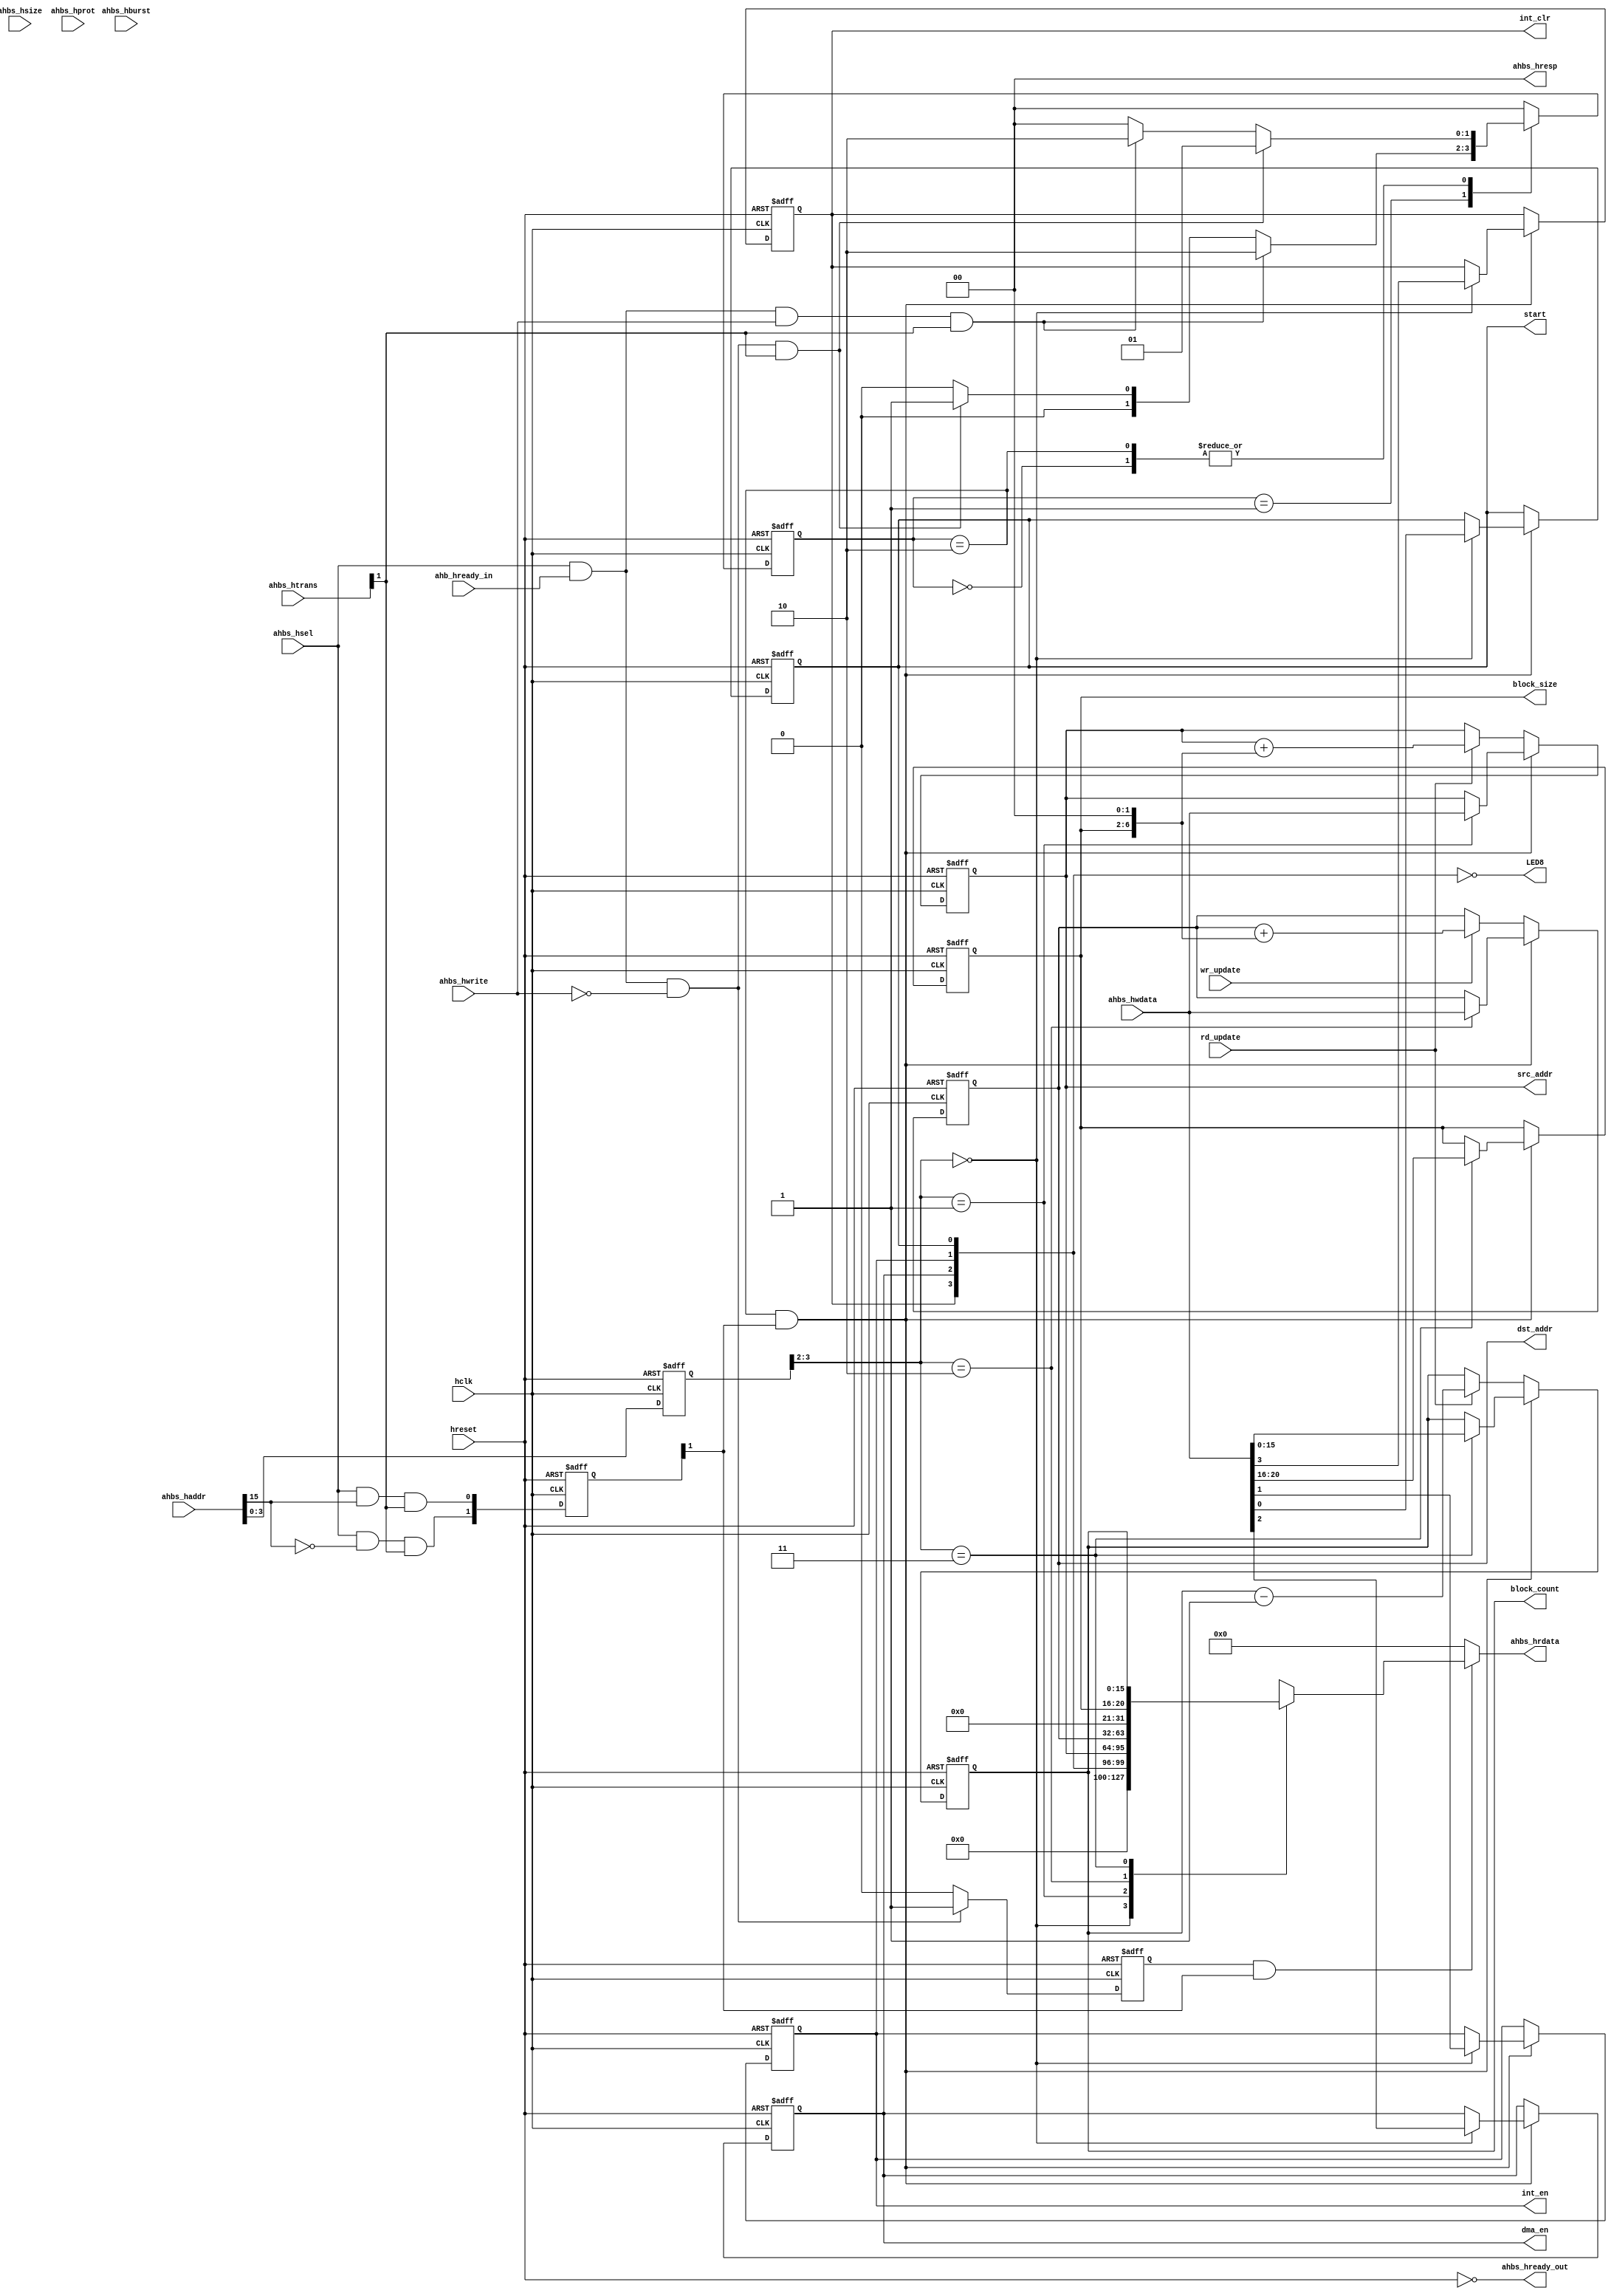
/***********************************************************************
*
*               High Speed AMBA Bus (AHB) Interface Example
*                   for "QuickMIPS" QL901M-680 Device
*                              ahb_slave.v
*
*                          Copyright (c) 2002
*                           QuickLogic, Corp.
*																			   
*
************************************************************************/
// First Draft (5/12/2002 H. Kim)

`timescale 1ns/10ps

`define IDLE_ST  2'b00
`define RD_OP_ST 2'b01
`define WR_OP_ST 2'b10

module ahb_slave (
	hclk,
	hreset,
// AHB Slave Signals
	ahbs_hsel,
	ahbs_haddr,
	ahbs_htrans,
	ahbs_hwrite,
	ahbs_hsize,   // unused input
	ahbs_hburst,  // unused input
	ahbs_hprot,   // unused input
	ahb_hready_in,
	ahbs_hwdata,
	ahbs_hrdata,
	ahbs_hready_out,
	ahbs_hresp,
// DMA Registers
    rd_update,
    wr_update,
    src_addr,
    dst_addr,          
	block_count,
	block_size,

// Application
	start,
	int_en,
	dma_en,
	int_clr,
	LED8
	);

input  			hclk;
input  			hreset;

input  			ahbs_hsel;
input  	 [31:0] ahbs_haddr;
input  	 [1:0] 	ahbs_htrans;
input  			ahbs_hwrite;
input  	 [2:0] 	ahbs_hsize;
input  	 [2:0] 	ahbs_hburst;
input  	 [3:0] 	ahbs_hprot;
input  			ahb_hready_in;
input  	 [31:0] ahbs_hwdata;
output   [31:0] ahbs_hrdata;
output  		ahbs_hready_out;
output 	 [1:0] 	ahbs_hresp;

/***** Signals for User Application	*****/
// DMA Registers
input			rd_update;
input			wr_update;
output   [31:0] src_addr;
output   [31:0] dst_addr;          
output   [15:0]	block_count;
output   [4:0]	block_size;
output			start;
output			int_en;			// interrupt enable
output			dma_en;			// dma enable
output			int_clr;		// interrupt clear
output	[7:0]	LED8;
wire  	[7:0]	LED8;
/***** Signals for User Application	*****/

// QuickMIPS ESP Module interface ports
wire 			hclk;
wire 			hreset;

wire 			ahbs_hsel;
wire 	[31:0] 	ahbs_haddr;
wire 	[1:0] 	ahbs_htrans;
wire 			ahbs_hwrite;
wire 	[2:0] 	ahbs_hsize;
wire 	[2:0] 	ahbs_hburst;
wire 	[3:0] 	ahbs_hprot;
wire 	[31:0] 	ahbs_hwdata;
reg 	[31:0] 	ahbs_hrdata;
wire  			ahbs_hready_out;
wire 	[1:0] 	ahbs_hresp;

reg		 [31:0] src_addr;
reg		 [31:0] dst_addr;          
reg		 [15:0]	block_count;
reg		 [4:0]	block_size;

reg 			start;
reg 			int_en;
reg 			dma_en;
reg 			int_clr;

parameter C2Q_DLY = 1;

reg  	[1:0]       curr_state;	        // State Machine for Read and Write.
reg  	[1:0]       next_state;
reg  	[1:0]       prevsel;
reg  	[13:0]      ahbs_haddr_reg;

// read/write registers and latches
reg 				rd_enable;

// For this design ahbs_hready_out is always high.
assign 	ahbs_hready_out = ~hreset;
assign  ahbs_hresp = 2'b00;

wire				sel_ctrl;
wire				sel_output;

assign  sel_ctrl  = (ahbs_hsel && (ahbs_haddr[15] == 1'b0)  && ahbs_htrans[1]);
assign  sel_output = (ahbs_hsel && (ahbs_haddr[15] == 1'b1)  && ahbs_htrans[1]);

always @ (posedge hclk or posedge hreset)
   begin
      if (hreset == 1'b1)
	    begin 
      		prevsel <= #C2Q_DLY  2'b00;
			ahbs_haddr_reg <= #C2Q_DLY  14'h0000;
		end
   else
		begin
      		prevsel <= #C2Q_DLY {sel_ctrl, sel_output};
			ahbs_haddr_reg <= #C2Q_DLY  ahbs_haddr[13:0];
		end
   end

// FSM for Register R/W begins

always @ (posedge hclk or posedge hreset)
   begin
      if (hreset == 1'b1)
         curr_state <= #C2Q_DLY `IDLE_ST;
      else
         curr_state <= #C2Q_DLY next_state;
end

always @ (ahbs_hsel or ahb_hready_in or ahbs_hwrite or curr_state or ahbs_htrans)
   begin
      case(curr_state)
      `IDLE_ST : begin
         if (ahbs_hsel  == 1'b1 && 
             ahb_hready_in == 1'b1 && 
             ahbs_hwrite    == 1'b0 && 
             ahbs_htrans[1] == 1'b1)          // Read Operation starts in the next state.
         next_state = `RD_OP_ST;
         else if (ahbs_hsel  == 1'b1 && 
                  ahb_hready_in == 1'b1 && 
                  ahbs_hwrite    == 1'b1 && 
                  ahbs_htrans[1]  == 1'b1)    // Write Operation starts 
                                        // if not goes for Read.
	 next_state = `WR_OP_ST;
	 else 
	 //if (hsel     == 1'b0 || 
         //    htran[1] == 1'b0)
	 next_state = `IDLE_ST;
      end

      `RD_OP_ST : begin          
       	if (ahbs_hsel  == 1'b1 && 
            ahb_hready_in == 1'b1 && 
            ahbs_hwrite    == 1'b1 && 
            ahbs_htrans[1]  == 1'b1)         // Write Operation Starts
	    next_state = `WR_OP_ST;
       else if (ahbs_hsel  == 1'b1 && 
                ahb_hready_in == 1'b1 && 
                ahbs_hwrite    == 1'b0 && 
                ahbs_htrans[1]  == 1'b1)     // Back to Back Read
	    next_state = `RD_OP_ST;
	else 
	//if (hsel == 1'b0 || htran[1] == 1'b0)
            next_state = `IDLE_ST;
      end

      `WR_OP_ST : begin
	  if (ahbs_hsel    == 1'b1 && 
              ahb_hready_in  == 1'b1 && 
              ahbs_hwrite  == 1'b0 && 
              ahbs_htrans[1] == 1'b1)       // Read Opeartion Starts 
	     next_state = `RD_OP_ST;
          else if (ahbs_hsel == 1'b1 && 
                   ahb_hready_in  == 1'b1 && 
                   ahbs_hwrite  == 1'b1 && 
                   ahbs_htrans[1] == 1'b1)  // Back to Back Write
	     next_state = `WR_OP_ST;
          else 
	  //if (hsel == 1'b0 || htran[1] == 1'b0)
             next_state = `IDLE_ST;
      end

      default : begin
         next_state = `IDLE_ST;
      end

   endcase
end // FSM ends

always @ (posedge hclk or posedge hreset)
   begin
    if (hreset == 1'b1)
       rd_enable <= #C2Q_DLY 1'b0;
    else
       if (ahbs_hsel == 1'b1 && 
           ahb_hready_in == 1'b1 && 
           ahbs_hwrite == 1'b0)
          rd_enable <= #C2Q_DLY 1'b1;
       else
          rd_enable <= #C2Q_DLY 1'b0;
  end

always @ (rd_enable or prevsel[1] or ahbs_haddr_reg[3:2] or 
          int_clr or dma_en or int_en or start or 
          src_addr or dst_addr or block_count or block_size) 
   begin
   if ((rd_enable == 1'b1) &&  prevsel[1])
      begin
         case(ahbs_haddr_reg[3:2])		// Reading Data from internal memory
         	2'b00 : ahbs_hrdata <= #C2Q_DLY  {28'b0, int_clr, dma_en, int_en, start};
         	2'b01 : ahbs_hrdata <= #C2Q_DLY  src_addr;
         	2'b10 : ahbs_hrdata <= #C2Q_DLY  dst_addr;
         	2'b11 : ahbs_hrdata <= #C2Q_DLY  {11'b0, block_size, block_count};
            default  : ahbs_hrdata <= #C2Q_DLY  32'b0;
         endcase
      end
    else
         ahbs_hrdata <= #C2Q_DLY 32'b0;
   end

always @ (posedge hclk or posedge hreset)
begin
	if (hreset == 1'b1) begin
     	{int_clr, dma_en, int_en, start}  <= #C2Q_DLY 4'b0;
		src_addr  <= #C2Q_DLY 32'b0;
		dst_addr  <= #C2Q_DLY 32'b0;
		{block_size, block_count}  <= #C2Q_DLY 21'b0;
	end
	else if ((curr_state == `WR_OP_ST) && prevsel[1]) begin
        case(ahbs_haddr_reg[3:2])	// Writing Data to internal memory
            2'b00 : {int_clr, dma_en, int_en, start}  <= #C2Q_DLY ahbs_hwdata[3:0];
            2'b01 : src_addr  <= #C2Q_DLY ahbs_hwdata;
            2'b10 : dst_addr  <= #C2Q_DLY ahbs_hwdata;
            2'b11 : {block_size, block_count} <= #C2Q_DLY ahbs_hwdata[20:0];
            default : ;
		endcase
	end
	else begin
		if (rd_update) begin
			src_addr  <= #C2Q_DLY src_addr + {block_size, 2'b0};
			block_count <= #C2Q_DLY block_count - 1;
		end
		if (wr_update) begin
			dst_addr  <= #C2Q_DLY dst_addr + {block_size, 2'b0};
		end
	end
end

assign LED8 = ~{4'b0000, int_clr, dma_en, int_en, start};

endmodule